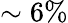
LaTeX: \sim 6\%